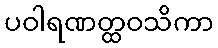
ပဝါရဏတ္ထဝသိကာ